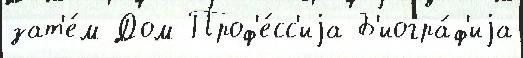
зат'е́м Дом Проф'е́сс'иjа Б'иогра́ф'иjа